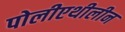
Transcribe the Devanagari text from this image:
पोलीएथीलीन